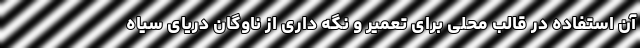
آن استفاده در قالب محلی برای تعمیر و نگه داری از ناوگان دریای سیاه